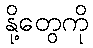
နို့တွေကို